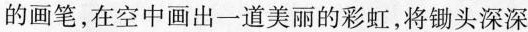
的画笔，在空中画出一道美丽的彩虹，将锄头深深